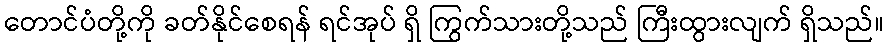
တောင်ပံတို့ကို ခတ်နိုင်စေရန် ရင်အုပ် ရှိ ကြွက်သားတို့သည် ကြီးထွားလျက် ရှိသည်။